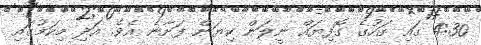
4:30 ގައި ގަހުގެ ގޮފިޔައް ނީލަން ކިޔަން ފަށާނެ އެވެ. އަދި މިކަމުގައި